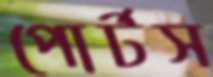
পোর্টস